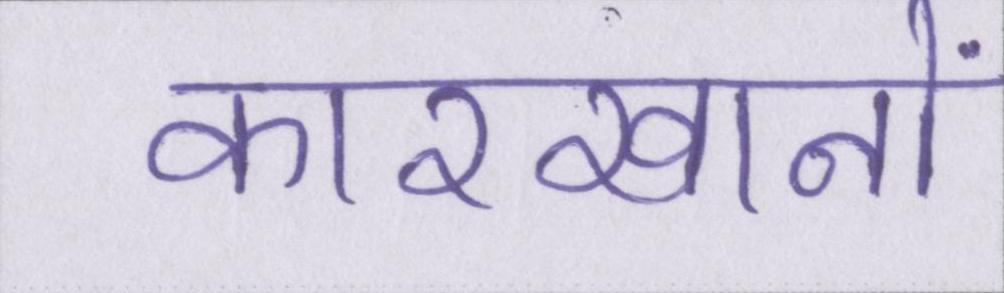
कारखानों